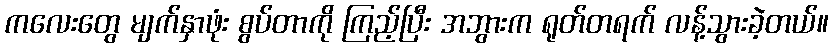
ကလေးတွေ မျက်နှာဖုံး စွပ်တာကို ကြည့်ပြီး အဘွားက ရုတ်တရက် လန့်သွားခဲ့တယ်။